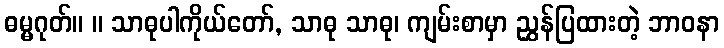
ဓမ္မဂုတ်။ ။ သာဓုပါကိုယ်တော်, သာဓု သာဓု၊ ကျမ်းစာမှာ ညွှန်ပြထားတဲ့ ဘာဝနာ